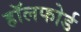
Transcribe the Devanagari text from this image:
हॉलफोर्ड